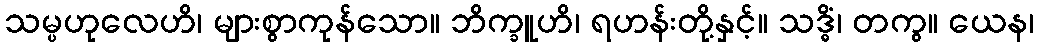
သမ္ပဟုလေဟိ၊ များစွာကုန်သော။ ဘိက္ခူဟိ၊ ရဟန်းတို့နှင့်။ သဒ္ဓိံ၊ တကွ။ ယေန၊